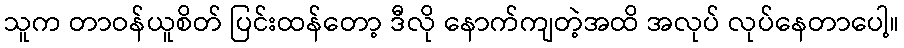
သူက တာဝန်ယူစိတ် ပြင်းထန်တော့ ဒီလို နောက်ကျတဲ့အထိ အလုပ် လုပ်နေတာပေါ့။